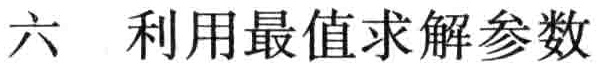
六  利用最值求解参数